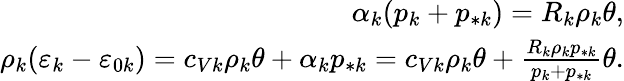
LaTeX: \begin{array}{r}{\alpha_{k}(p_{k}+p_{*k})=R_{k}\rho_{k}\theta,}\\ {\rho_{k}(\varepsilon_{k}-\varepsilon_{0k})=c_{Vk}\rho_{k}\theta+\alpha_{k}p_{*k}=c_{Vk}\rho_{k}\theta+\frac{R_{k}\rho_{k}p_{*k}}{p_{k}+p_{*k}}\theta.}\end{array}